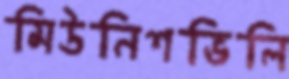
মিউনিশভিলি